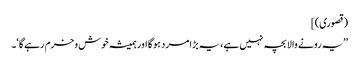
(قصوری)]
’’یہ رونے والا بچہ نہیں ہے، یہ بڑا مرد ہوگا اور ہمیشہ خوش وخرم رہےگا‘۔